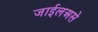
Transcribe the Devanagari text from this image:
जाईलअसे